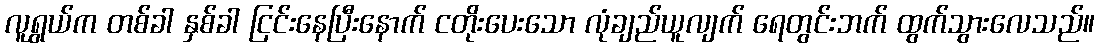
လူရွယ်က တစ်ခါ နှစ်ခါ ငြင်းနေပြီးနောက် ငတိုးပေးသော လုံချည်ယူလျက် ရေတွင်းဘက် ထွက်သွားလေသည်။